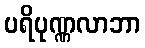
ပရိပုဏ္ဏလာဘာ